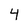
Character: 4